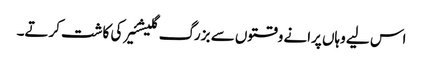
اس لیے وہاں پرانے وقتوں سے بزرگ گلیشئیر کی کاشت کرتے۔